画像に写った文字を読んでください
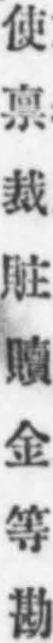
「使禀裁賍贖金等勘」と書いてあります